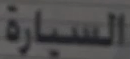
السبارة